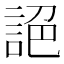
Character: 𧧘